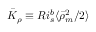
\bar { K } _ { \rho } \equiv R i _ { s } ^ { b } \langle \bar { \rho } _ { m } ^ { 2 } / 2 \rangle